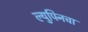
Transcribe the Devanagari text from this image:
ल्युपिनचा